Vaccination in the Punjab 1919-1929 - 1919-1929
Year: 1919
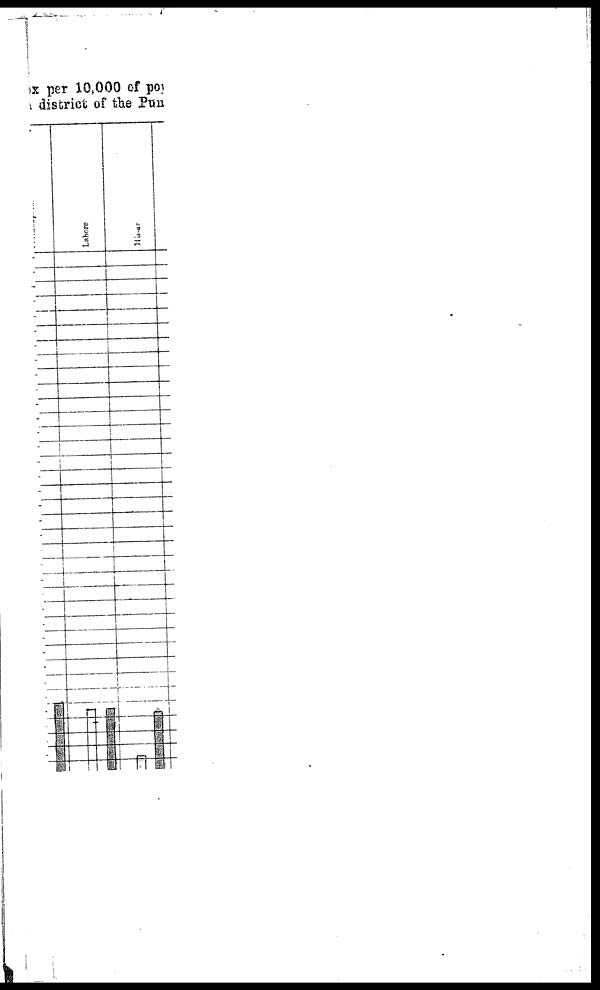
x per 10,000 of pox
district of the Pun